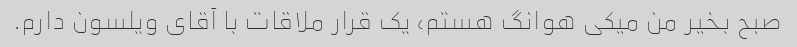
صبح بخیر من میکی هوانگ هستم، یک قرار ملاقات با آقای ویلسون دارم.